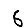
Digit: 6